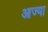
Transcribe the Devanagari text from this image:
आज्या